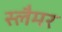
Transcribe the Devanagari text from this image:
स्लैमर